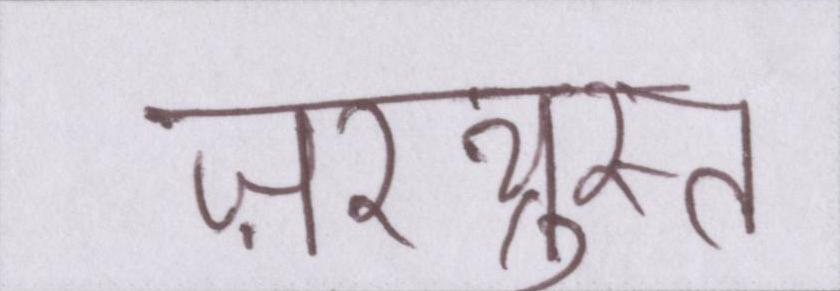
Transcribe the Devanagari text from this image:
ज़रथ्रुस्त